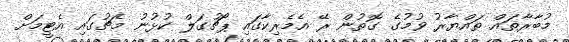
މުބާރާތައް ތައްޔާރު ވުމުގެ ގޮތުން ރޭ އެމެރިކާގައި ޕޯޗުގަލް ކުޅުނު މެޗުގައި އެޓީމަށް